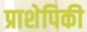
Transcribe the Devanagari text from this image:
प्राशेपिकी